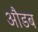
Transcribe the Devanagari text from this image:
औडब